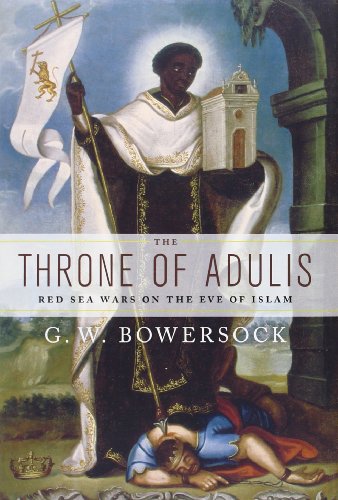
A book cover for The Throne of Adulis: Red Sea Wars on the Eve of Islam (Emblems of Antiquity); G.W. Bowersock; History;